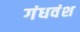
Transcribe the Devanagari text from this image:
गंधवंश